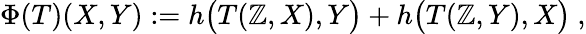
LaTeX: \Phi(T)(X,Y):=h\bigl(T(\mathbb{Z},X),Y\bigr)+h\bigl(T(\mathbb{Z},Y),X\bigr)\ ,